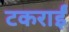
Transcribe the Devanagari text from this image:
टकराईं